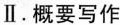
Ⅱ.概要写作